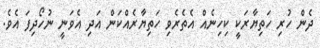
ދެން ހުރި ހަތިޔާރަކީ ކިހިނެއް އެތެރެވި ހަތިޔާރެއްކަން އަދި އެވަނީ ނުހޯދިފަ އެވެ.